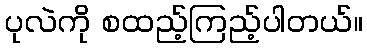
ပုလဲကို စထည့်ကြည့်ပါတယ်။